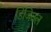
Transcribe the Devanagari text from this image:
डिजितल